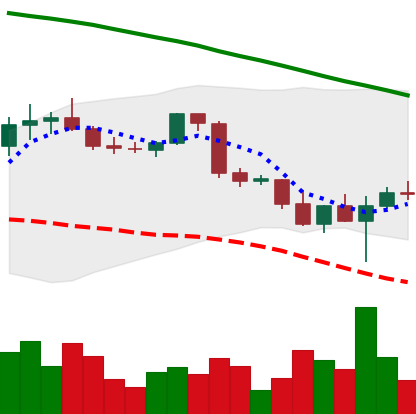
Ticker: BTC-USD
Chart end date: 2022-02-26
Forward return: 8.558%
Label: up_7plus